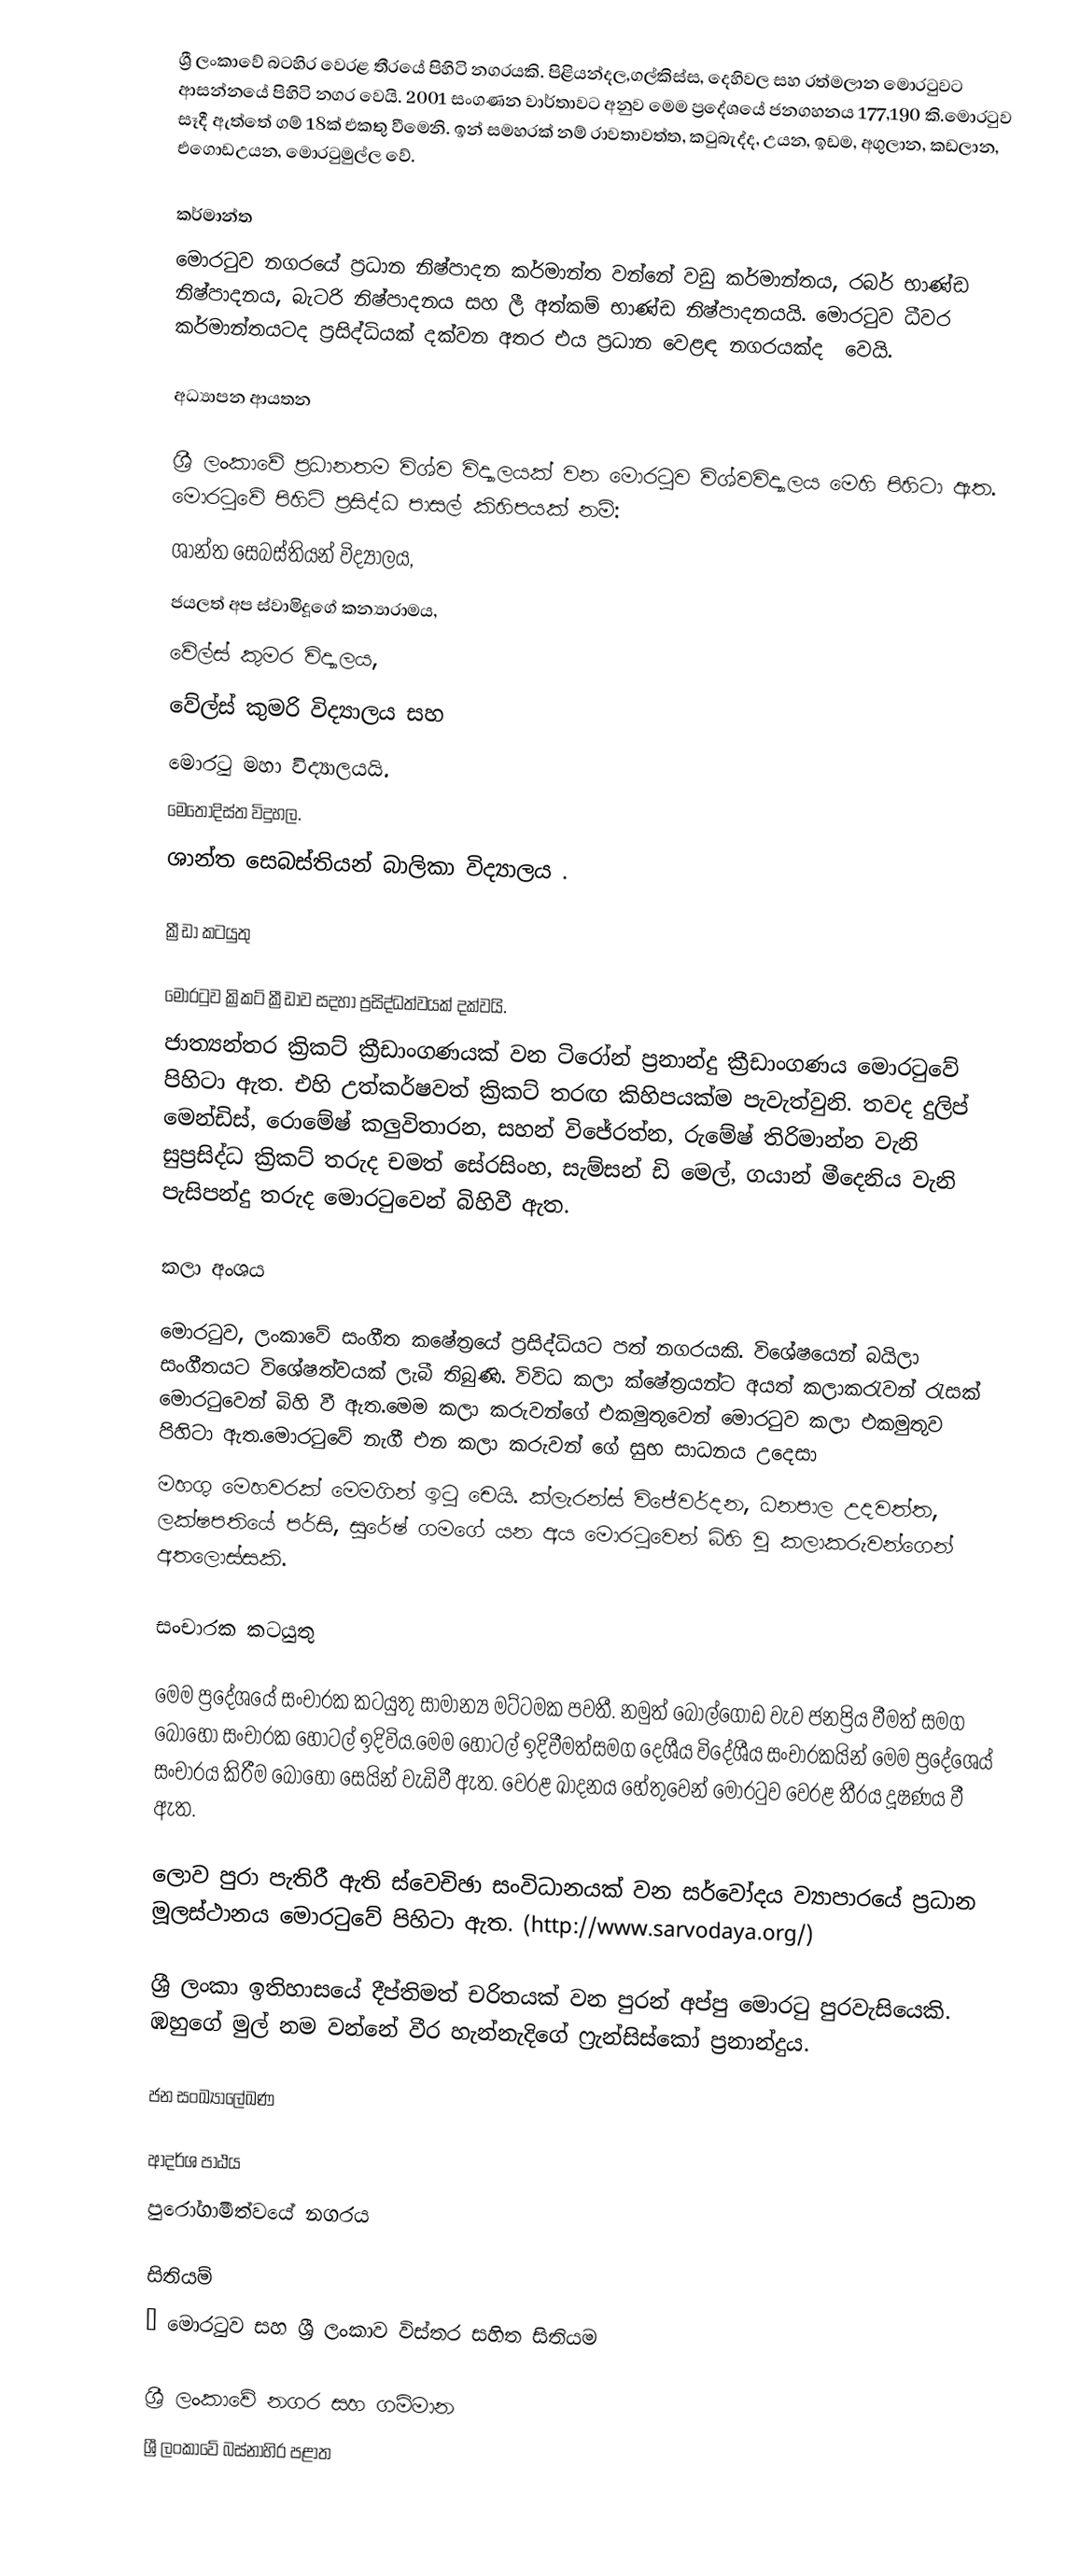
ශ්‍රී ලංකාවේ බටහිර වෙරළ තීරයේ පිහි‍‍ටි නගරයකි. පිළියන්දල,ගල්කිස්ස, දෙහිවල  සහ රත්මලාන මොරටුවට ආසන්න‍යේ පිහිටි නගර වෙයි. 2001 සංගණන වාර්තාවට අනුව  මෙම ප්‍රදේශයේ ජනගහනය 177,190 කි.මොරටුව සෑදී ඇත්තේ ගම් 18ක් එකතු වීමෙනි. ඉන් සමහරක් නම් රාවතාවත්ත, කටුබැද්ද, උයන, ඉඩම, අගුලාන, කඩලාන, එගොඩඋයන, මොරටුමුල්ල  වේ. ‍

කර්මාන්ත
මොරටුව  නගර‍යේ ප්‍රධාන නිෂ්පාදන කර්මාන්ත වන්නේ වඩු කර්මාන්තය, රබර් භාණ්ඩ නිෂ්පාදනය, බැටරි නිෂ්පාදනය සහ ලී අත්කම් භාණ්ඩ නිෂ්පාදනයයි. මොරටුව ධීවර කර්මාන්තයටද  ප්‍රසිද්ධියක් දක්වන අතර එය ප්‍රධාන වෙළඳ නගරයක්ද ‍ ‍වෙයි.

අධ්‍යාපන ආයතන

ශ්‍රී ලංකාවේ ප්‍රධානතම විශ්ව විද්‍යාලයක් වන මොරටුව විශ්වවිද්‍යාලය මෙහි පිහිටා ඇත. මොරටු‍වේ පිහිටි ප්‍රසිද්ධ පාසල් කිහිපයක් නම්:
 ශාන්ත සෙබස්තියන් විද්‍යාලය,
 ජයලත් අප ස්වාමිදූගේ කන්‍යාරාමය,
 වේල්ස් කුමර විද්‍යාලය,
 වේල්ස් කුමරි විද්‍යාලය සහ
 මොරටු මහා විද්‍යාලයයි.
 මෙතෝදිස්ත විදුහල.
 ශාන්ත සෙබස්තියන් බාලිකා විද්‍යාලය .

ක්‍රීඩා කටයුතු

මොරටුව ක්‍රිකට් ක්‍රීඩාව සදහා ප්‍රසිද්ධත්වයක් දක්වයි.
ජාත්‍යන්තර ක්‍රිකට් ක්‍රීඩාංගණයක් වන ටිරෝන් ප්‍රනාන්දු ක්‍රීඩාංගණය මොරටු‍වේ පිහිටා ඇත. එහි උත්කර්ෂවත් ක්‍රිකට් තරඟ කිහිපයක්ම පැවැත්වුනි. තවද දුලිප් මෙන්ඩිස්, රොමේෂ් කලුවිතාරන, සහන් විජේරත්න, රුමේෂ් තිරිමාන්න   වැනි සුප්‍රසිද්ධ ක්‍රිකට් තරුද චමත් සේරසිංහ, සැම්සන් ඩි මෙල්, ගයාන් මීදෙනිය වැනි පැසිපන්දු තරුද මොරටුවෙන් බිහිවී ඇත.

කලා අංශය

මොරටුව, ලංකාවේ සංගීත කෂේත්‍රයේ ප්‍රසිද්ධියට පත් නගරයකි. විශේෂයෙන් බයිලා සංගීතයට විශේෂත්වයක් ලැබී තිබුණි. විවිධ කලා ක‍්ෂේත්‍රයන්ට අයත් කලාකරැවන් රැසක් මොරටුවෙන් බිහි වී ඇත.මෙම කලා කරුවන්ගේ එකමුතුවෙන් මොරටුව කලා එකමුතුව  පිහිටා ඇත.මොරටුවේ නැගී එන කලා කරුවන්‍ ගේ  සුභ සාධනය උදෙසා
මහගු මෙහවරක් මෙමගින් ඉටු චෙයි. ක්ලැරන්ස් විජේවර්දන, ධනපාල උදවත්ත, ලක්ෂපතියේ පර්සි, සුරේෂ් ගමගේ යන අය මොරටුවෙන් බිහි වූ කලාකරුවන්ගෙන් අතලොස්සකි.

සංචාරක කටයුතු

මෙම ප්‍ර‍දේශයේ සංචාරක කටයුතු සාමාන්‍ය මට්ටමක පවතී. නමුත් බොල්ගොඩ වැව ජනප්‍රිය වීමත්  සමග බොහෝ සංචාරක හෝටල් ඉදිවිය.මෙම හෝටල් ඉදිවීමත්සමග දෙශීය විදේශීය සංචාරකයින් මෙම ප්‍රදේශෙය් සංචාරය කිරීම බොහෝ සෙයින් වැඩිවී ඇත. වෙරළ ඛාදනය හේතුවෙන් මොරටුව වෙරළ තීරය දූෂණය වී ඇත.

ලොව පුරා පැතිරී ඇති ස්වෙචිඡා සංවිධානයක් වන සර්වෝදය ව්‍යාපාර‍යේ ප්‍රධාන මූලස්ථානය මොරටු‍වේ පිහිටා ඇත. (http://www.sarvodaya.org/)

ශ්‍රී ලංකා ඉතිහාසයේ දීප්තිමත් චරිතයක් වන  පුරන් අප්පු මොරටු පුරවැසියෙකි. ඹහුගේ මුල් නම වන්නේ වීර හැන්නැදිගේ ෆ්‍රැන්සිස්කෝ ප්‍රනාන්දුය.

ජන සංඛ්‍යාලේඛණ

ආදර්ශ පාඨය
පුරෝගාමීත්වයේ නගරය

සිතියම්
• මොරටුව සහ ශ්‍රී ලංකාව විස්තර සහිත සිතියම

ශ්‍රී ලංකාවේ නගර සහ ගම්මාන
ශ්‍රී ලංකාවේ බස්නාහිර පළාත